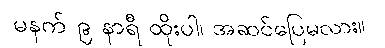
မနက် ၉ နာရီ ထိုးပါ၊ အဆင်ပြေမလား။